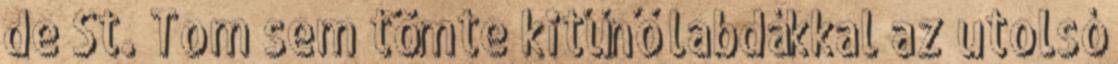
de St. Tom sem tömte kitűnő labdákkal az utolsó